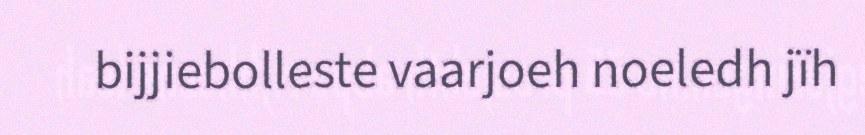
bijjiebolleste vaarjoeh noeledh jïh